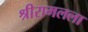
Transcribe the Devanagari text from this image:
श्रीरामलला